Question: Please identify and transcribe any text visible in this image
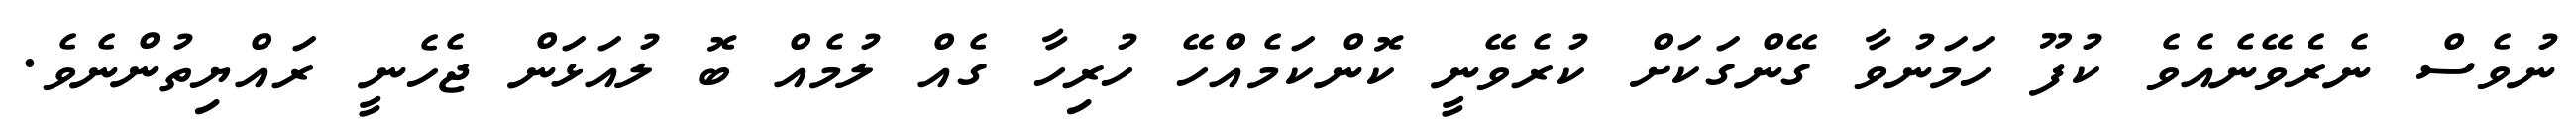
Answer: ނުވެސް ނެރެވޭނެއެވެ ކުފޫ ހަމަނުވާ ގޭންގަކަށް ކުރެވޭނީ ކޮންކަމެއްހޭ ހުރިހާ ގެއް ލުމެއް ބޮ ލުއަޅަން ޖެހެނީ ރައްޔިތުންނެވެ.